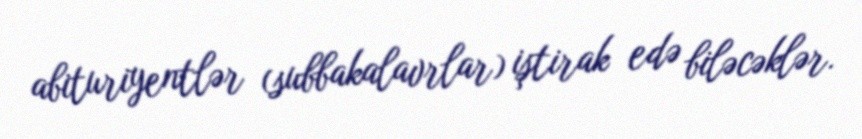
abituriyentlər (subbakalavrlar) iştirak edə biləcəklər.